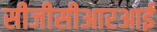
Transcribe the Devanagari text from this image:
सीजीसीआरआई